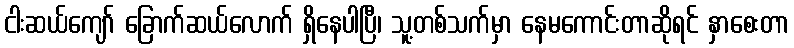
ငါးဆယ်ကျော် ခြောက်ဆယ်လောက် ရှိနေပါပြီ၊ သူ့တစ်သက်မှာ နေမကောင်းတာဆိုရင် နှာစေးတာ